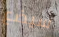
سيضع